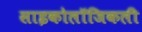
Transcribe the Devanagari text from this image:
साइकोलॉजिकली